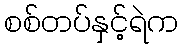
စစ်တပ်နှင့်ရဲက